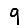
Digit: 9